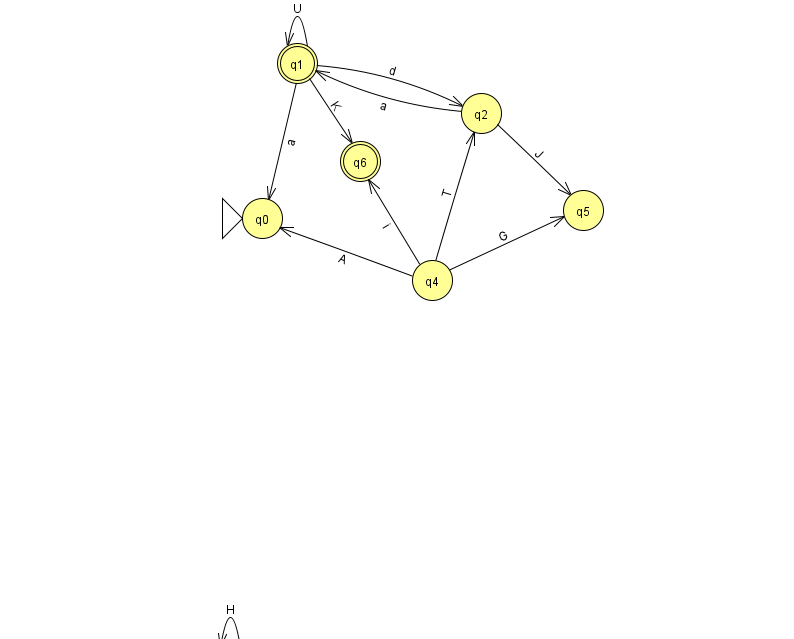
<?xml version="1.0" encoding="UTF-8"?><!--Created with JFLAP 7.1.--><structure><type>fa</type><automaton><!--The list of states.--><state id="0" name="q0"><x>262.0</x><y>205.0</y><initial/></state><state id="1" name="q1"><x>297.0</x><y>50.0</y><final/></state><state id="2" name="q2"><x>481.0</x><y>100.0</y></state><state id="3" name="q3"><x>230.0</x><y>651.0</y></state><state id="4" name="q4"><x>432.0</x><y>267.0</y></state><state id="5" name="q5"><x>583.0</x><y>197.0</y></state><state id="6" name="q6"><x>360.0</x><y>148.0</y><final/></state><!--The list of transitions.--><transition><from>1</from><to>0</to><read>a</read></transition><transition><from>4</from><to>0</to><read>A</read></transition><transition><from>1</from><to>1</to><read>U</read></transition><transition><from>2</from><to>5</to><read>J</read></transition><transition><from>4</from><to>5</to><read>G</read></transition><transition><from>3</from><to>3</to><read>H</read></transition><transition><from>1</from><to>2</to><read>d</read></transition><transition><from>4</from><to>2</to><read>T</read></transition><transition><from>2</from><to>1</to><read>a</read></transition><transition><from>1</from><to>6</to><read>K</read></transition><transition><from>4</from><to>6</to><read>i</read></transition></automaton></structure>